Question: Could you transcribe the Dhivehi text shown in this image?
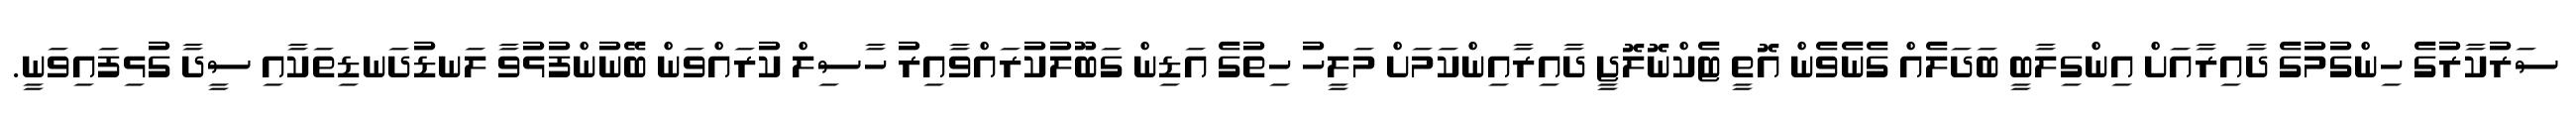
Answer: ސަރުކާރުގެ ހިންގުމުގެ ދާއިރާއަށް އިންގިލާބީ ބަދަލެއް ގެނެވެން އޮތީ ޓެކްނޮލޮޖީ ދާއިރާއިންކަމަށް މަލީހު ހިތުގެ އަޑިން ގަބޫލުކުރައްވާއިރު ހާސިލް ކުރައްވަން ބޭނުންފުޅުވާ ލަނޑުދަނޑިތަކާއި ސީދާ ގުޅިފައިވަނީ.